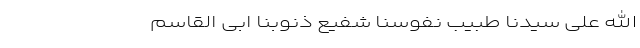
اللهُ عَلی سَیِّدِنا طَبیبِ نُفُوسِنا شَفیعِ ذُنوبِنا اَبی القاسم